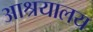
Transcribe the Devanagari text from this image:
आश्रयालय